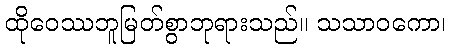
ထိုဝေဿဘူမြတ်စွာဘုရားသည်။ သသာဝကော၊